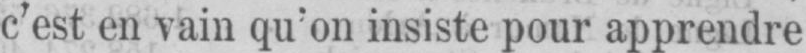
c’est en vain qu’on insiste pour apprendre